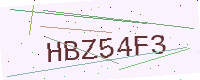
Text: HBZ54F3